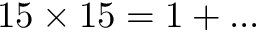
1 5 \times 1 5 = 1 + . . .